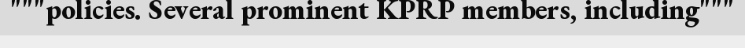
"""policies. Several prominent KPRP members, including"""